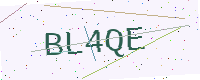
Text: BL4QE